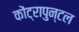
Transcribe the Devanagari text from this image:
कोंट्रापुन्टल